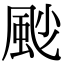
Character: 𩖥